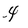
Character: 4